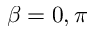
\beta = 0 , \pi